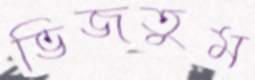
ভিজতুম